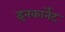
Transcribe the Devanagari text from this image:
इनकार्नेट